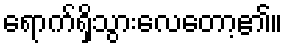
ရောက်ရှိသွားလေတော့၏။